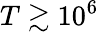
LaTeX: T\gtrsim 10^{6}